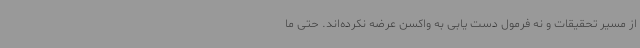
از مسیر تحقیقات و نه فرمول دست یابی به واکسن عرضه نکرده‌اند. حتی ما